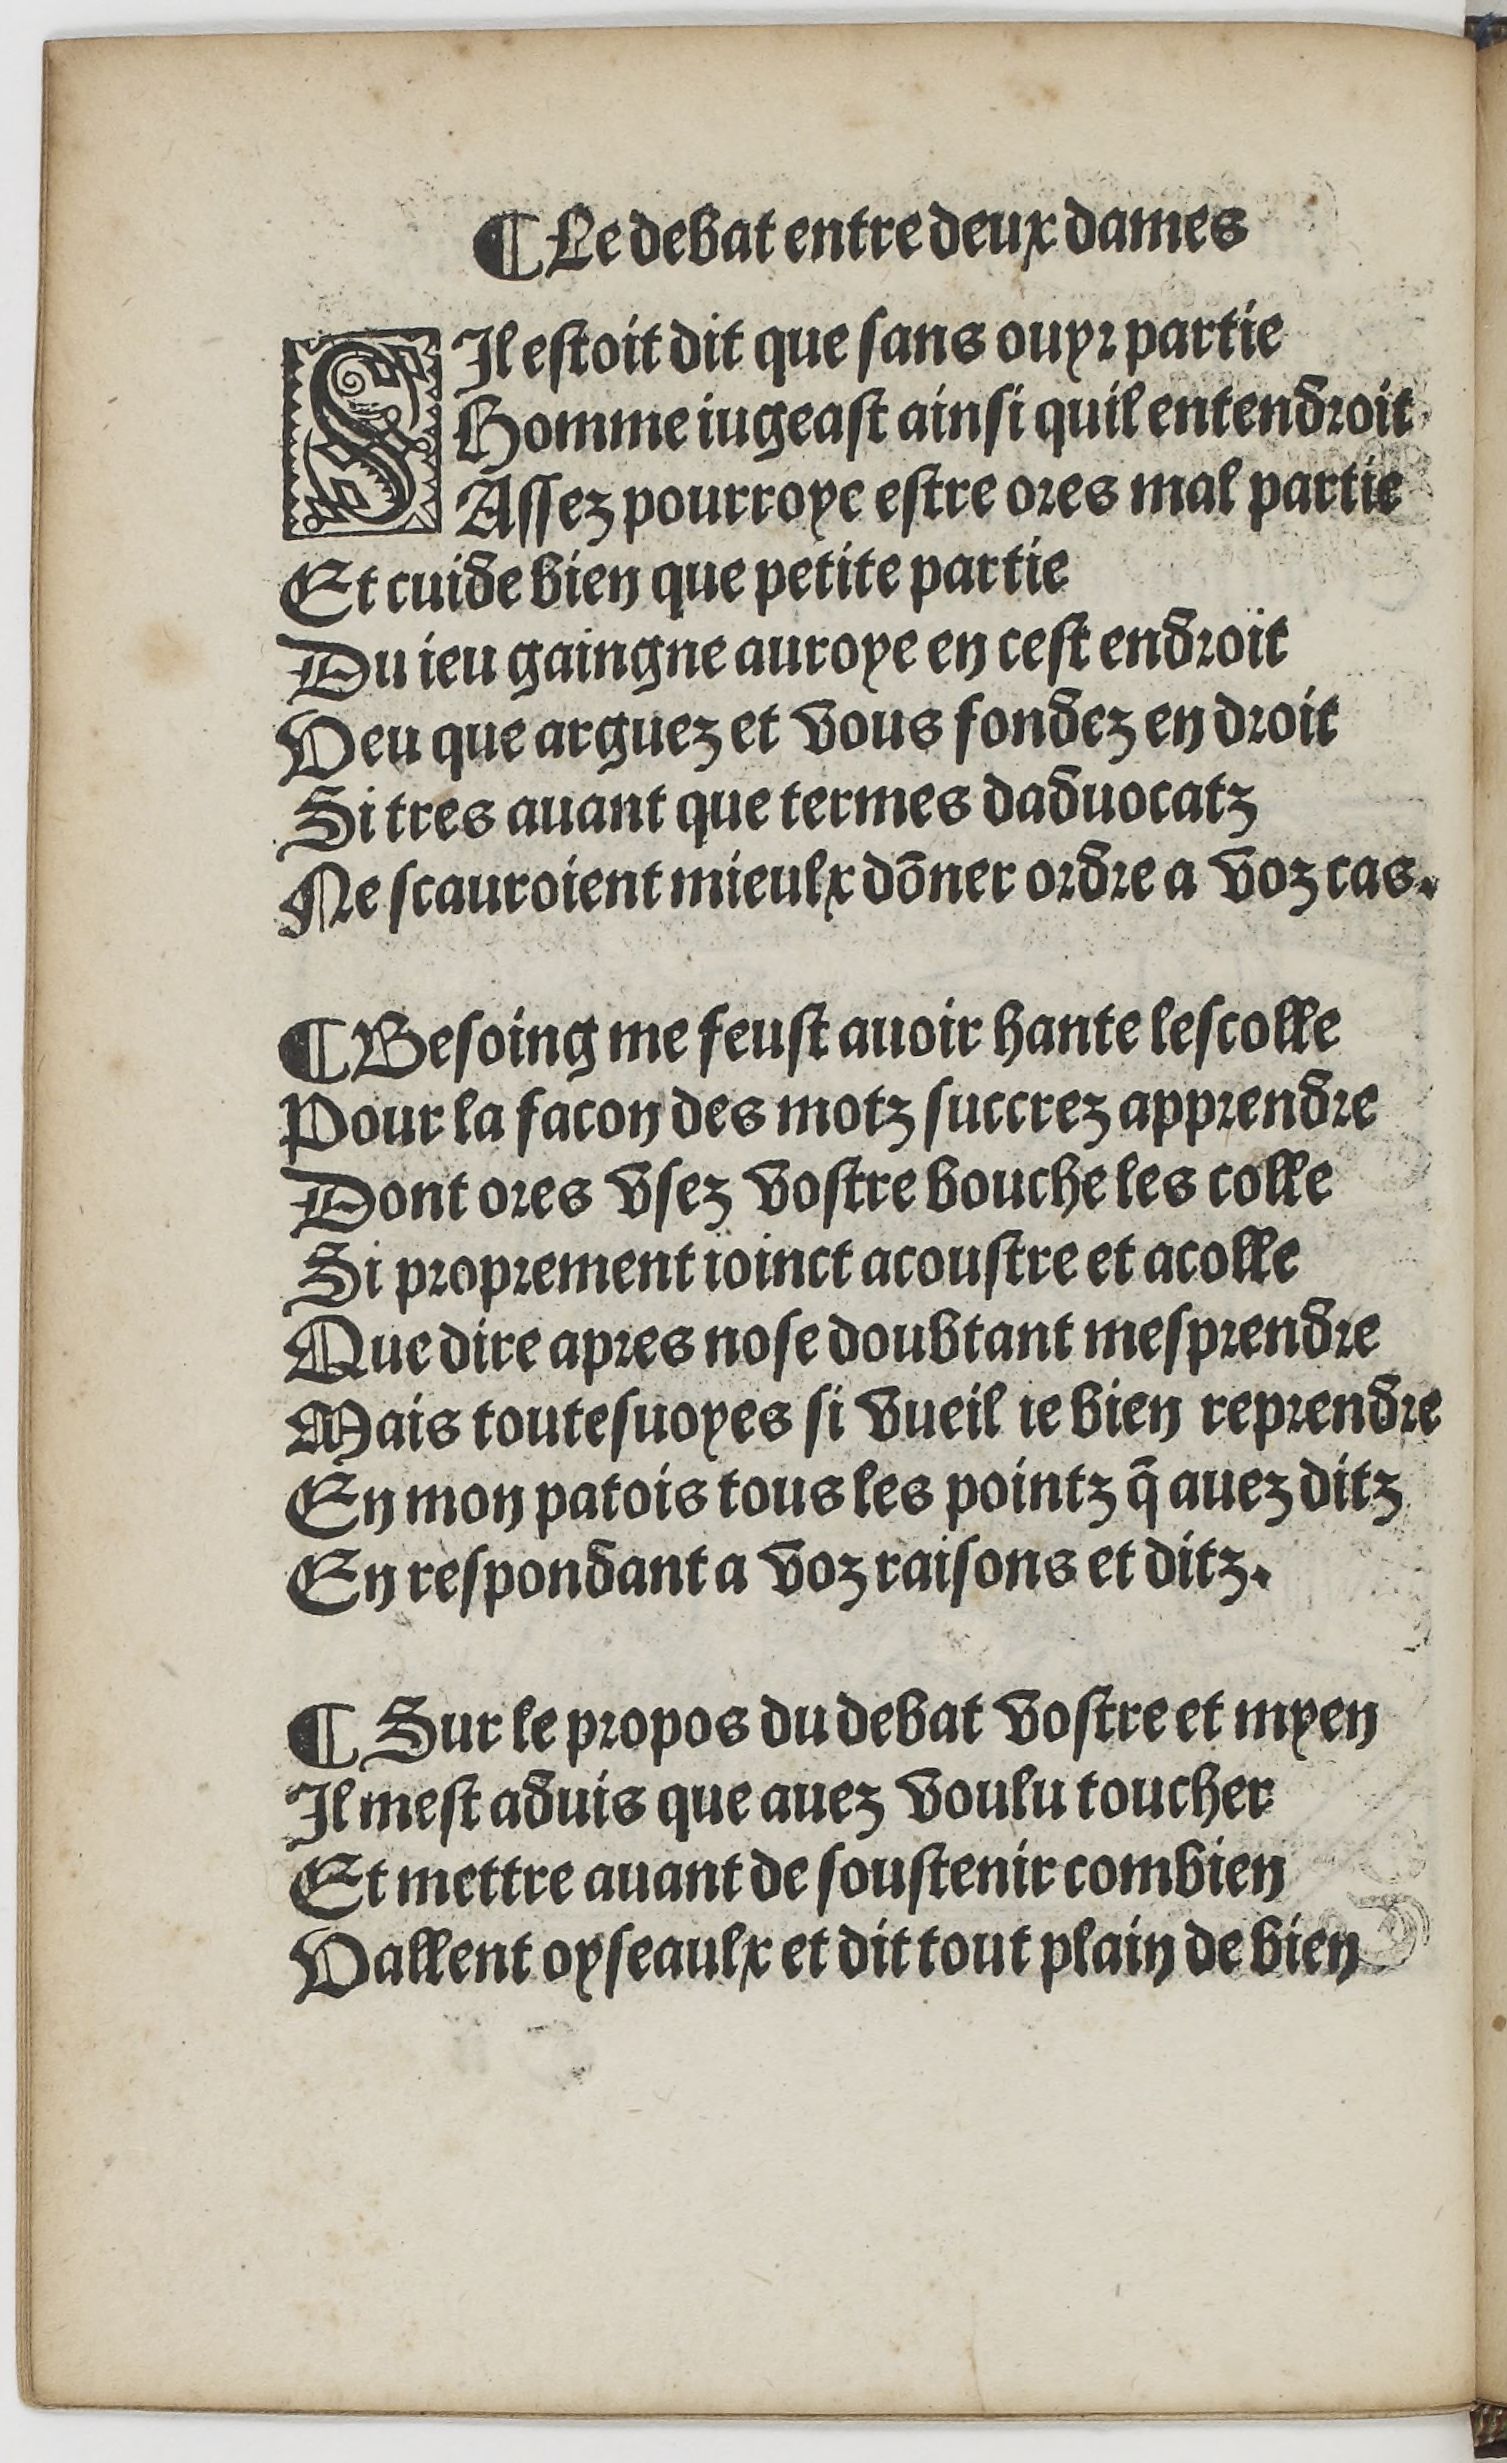
Shelfmark: Paris, BnF, Rés. YE-1395
Century: 16